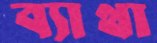
ব্যাথা